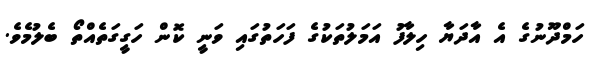
ހަމްދޫނުގެ އެ އާދަޔާ ހިލާފު އަމަލުތަކުގެ ފަހަތުގައި ވަނީ ކޮން ހަގީގަތެއްތޯ ބެލުމެވެ.